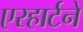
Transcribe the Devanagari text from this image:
एरहार्टने